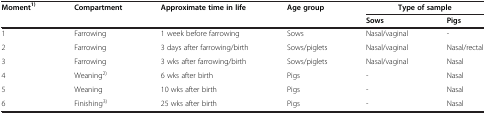
<table><thead><tr><td rowspan="2"><b>Moment<sup>1)</sup></b></td><td rowspan="2"><b>Compartment</b></td><td rowspan="2"><b>Approximate time in life</b></td><td rowspan="2"><b>Age group</b></td><td colspan="2"><b>Type of sample</b></td></tr><tr><td><b>Sows</b></td><td><b>Pigs</b></td></tr></thead><tbody><tr><td>1</td><td>Farrowing</td><td>1 week before farrowing</td><td>Sows</td><td>Nasal/vaginal</td><td>-</td></tr><tr><td>2</td><td>Farrowing</td><td>3 days after farrowing/birth</td><td>Sows/piglets</td><td>Nasal/vaginal</td><td>Nasal/rectal</td></tr><tr><td>3</td><td>Farrowing</td><td>3 wks after farrowing/birth</td><td>Sows/piglets</td><td>Nasal/vaginal</td><td>Nasal</td></tr><tr><td>4</td><td>Weaning<sup>2)</sup></td><td>6 wks after birth</td><td>Pigs</td><td>-</td><td>Nasal</td></tr><tr><td>5</td><td>Weaning</td><td>10 wks after birth</td><td>Pigs</td><td>-</td><td>Nasal</td></tr><tr><td>6</td><td>Finishing<sup>3)</sup></td><td>25 wks after birth</td><td>Pigs</td><td>-</td><td>Nasal</td></tr></tbody></table>